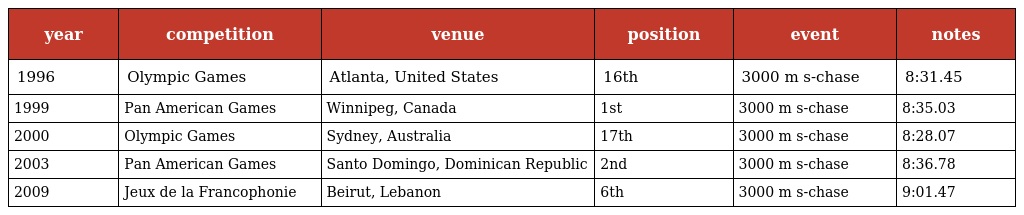
| year | competition | venue | position | event | notes |
 | --- | --- | --- | --- | --- | --- |
 | 1996 | Olympic Games | Atlanta, United States | 16th | 3000 m s-chase | 8:31.45 |
 | 1999 | Pan American Games | Winnipeg, Canada | 1st | 3000 m s-chase | 8:35.03 |
 | 2000 | Olympic Games | Sydney, Australia | 17th | 3000 m s-chase | 8:28.07 |
 | 2003 | Pan American Games | Santo Domingo, Dominican Republic | 2nd | 3000 m s-chase | 8:36.78 |
 | 2009 | Jeux de la Francophonie | Beirut, Lebanon | 6th | 3000 m s-chase | 9:01.47 |